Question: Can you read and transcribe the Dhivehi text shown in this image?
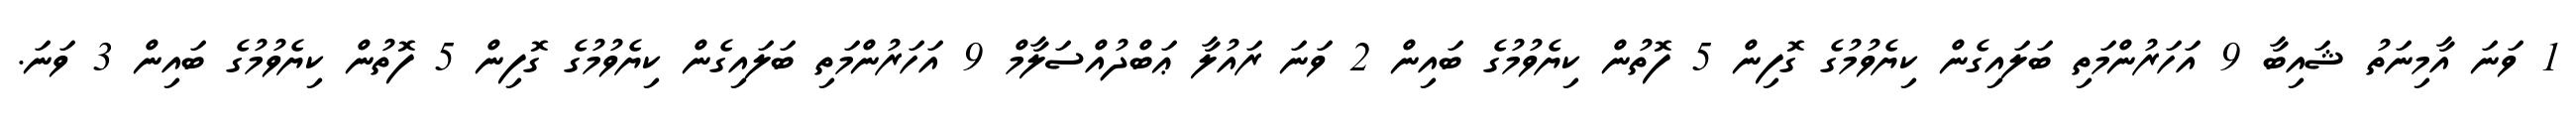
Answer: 1 ވަނަ އާމިނަތު ޝައިބާ 9 އަހަރުންމަތި ބަލައިގެން ކިޔެވުމުގެ ގޮފިން 5 ފޮތުން ކިޔެވުމުގެ ބައިން 2 ވަނަ ރައުލާ ޢަބްދުއްސަލާމް 9 އަހަރުންމަތި ބަލައިގެން ކިޔެވުމުގެ ގޮފިން 5 ފޮތުން ކިޔެވުމުގެ ބައިން 3 ވަނަ.